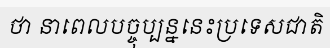
ថា នាពេលបច្ចុប្បន្ននេះប្រទេសជាតិ